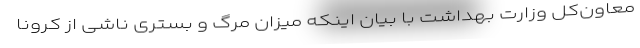
معاون‌کل وزارت بهداشت با بیان اینکه میزان مرگ و بستری ناشی از کرونا